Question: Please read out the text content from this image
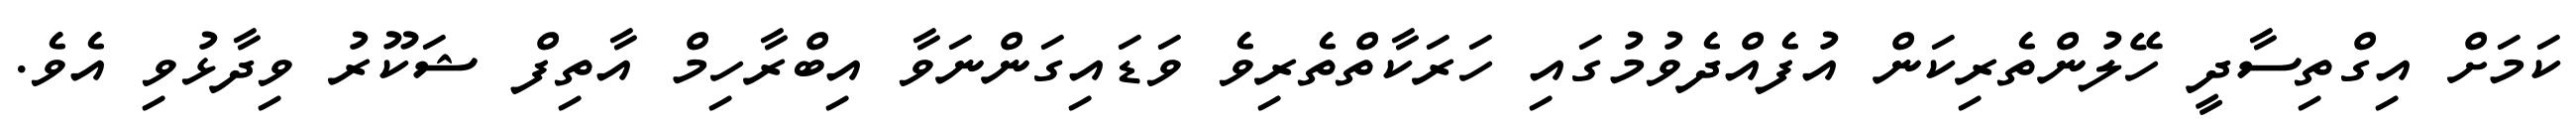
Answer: ކަމަށް އިގްތިސާދީ ހޭލުންތެރިކަން އުފެއްދެވުމުގައި ހަރަކާތްތެރިވެ ވަޑައިގަންނަވާ އިބްރާހިމް އާތިފް ޝަކޫރު ވިދާޅުވި އެވެ.